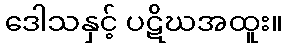
ဒေါသနှင့် ပဋိဃအထူး။